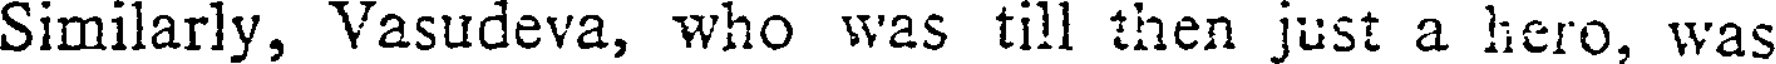
Similarly, Vasudeva, who was till then just a liero, was